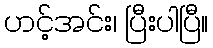
ဟင့်အင်း၊ ပြီးပါပြီ။